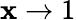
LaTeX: \mathbf{x}\rightarrow1